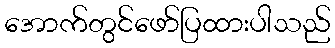
အောက်တွင်ဖော်ပြထားပါသည်